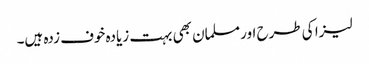
لیزا کی طرح اور مسلمان بھی بہت زیادہ خوف زدہ ہیں۔